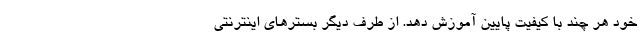
خود هر چند با کیفیت پایین آموزش دهد. از طرف دیگر بسترهای اینترنتی